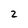
Character: 2